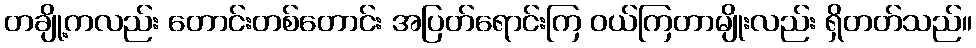
တချို့ကလည်း တောင်းတစ်တောင်း အပြတ်ရောင်းကြ ဝယ်ကြတာမျိုးလည်း ရှိတတ်သည်။